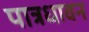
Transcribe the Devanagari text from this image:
पात्रधावन